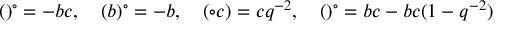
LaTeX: ( \d a ) ^ { \circ } = - \d a \d b \d c , \quad ( \d b ) ^ { \circ } = - \d a \d b \d d , \quad ( \circ \d c ) = \d a \d c \d d q ^ { - 2 } , \quad ( \d d ) ^ { \circ } = \d b \d c \d d - \d a \d b \d c ( 1 - q ^ { - 2 } )